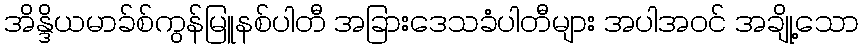
အိန္ဒိယမာခ်စ်ကွန်မြူနစ်ပါတီ အခြားဒေသခံပါတီများ အပါအဝင် အချို့သော